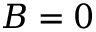
B = 0